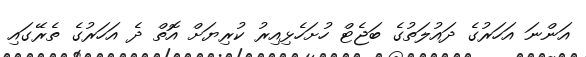
އަންނަ އަހަރުގެ ދައުލަތުގެ ބަޖެޓް ހުށަހެޅިއިރު ކުރިޔަށް އޮތް ދެ އަހަރުގެ ތެރޭގައި